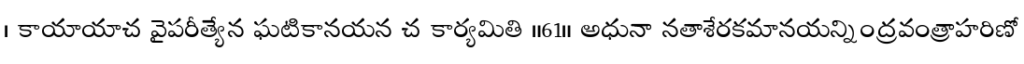
। కాయాయాచ వైపరీత్యేన ఘటికానయన చ కార్యమితి ॥61॥ అధునా నతాశేరకమానయన్నింద్రవంత్రాహరిణో